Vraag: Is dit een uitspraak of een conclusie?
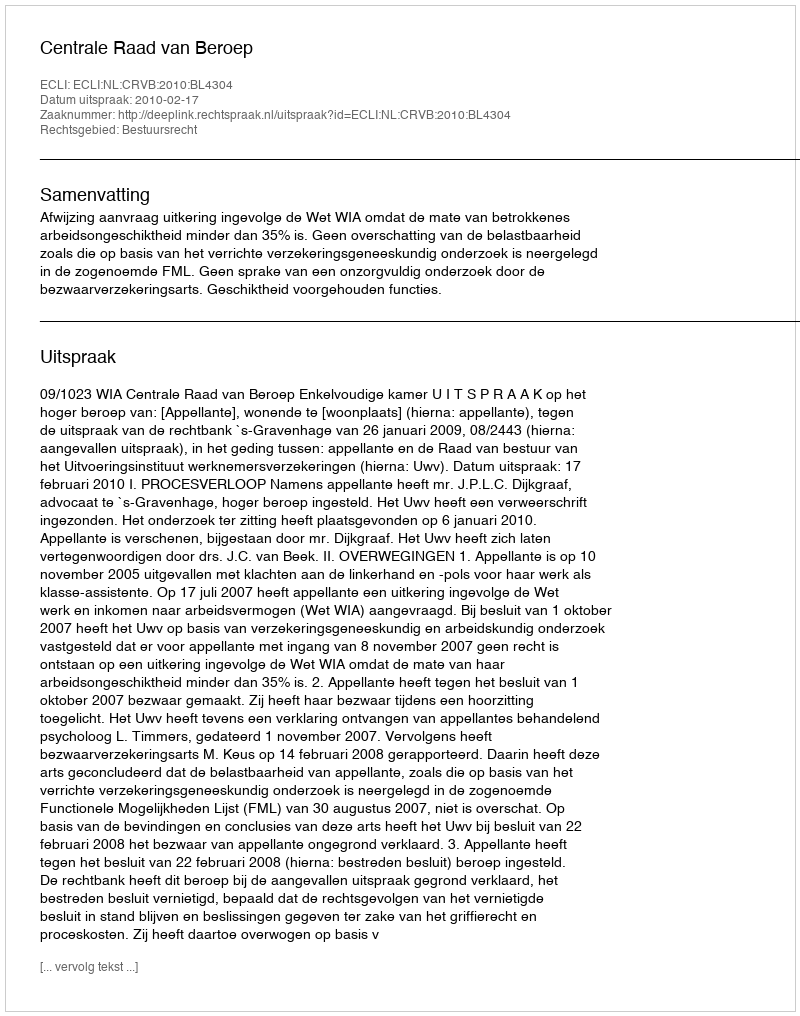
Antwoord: Uitspraak